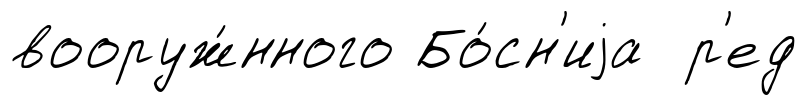
вооруж́нного Бо́сн'иjа р'ед